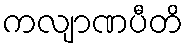
ကလျာဏပီတိ